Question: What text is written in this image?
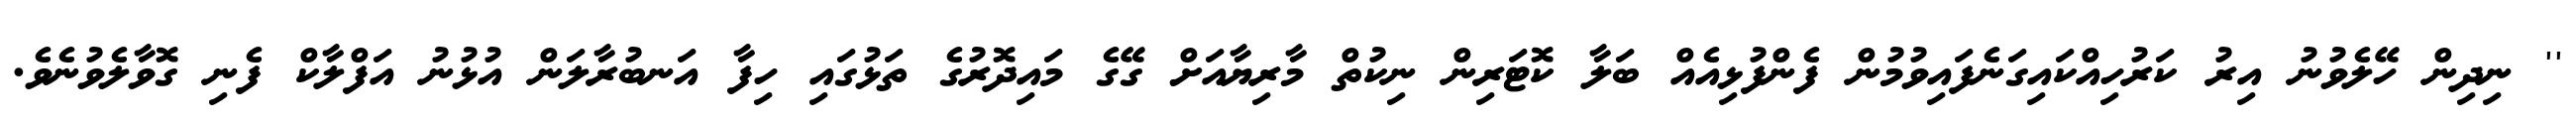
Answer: '' ނިދިން ހޭލެވުނު އިރު ކަރުހިއްކައިގަނެފައިވުމުން ފެންފުޅިއެއް ބަލާ ކޮޓަރިން ނިކުތް މާރިޔާއަށް ގޭގެ މައިދޮރުގެ ތަޅުގައި ހިފާ އަނބުރާލަން އުޅުނު އަފްލާކް ފެނި ގޮވާލެވުނެވެ.